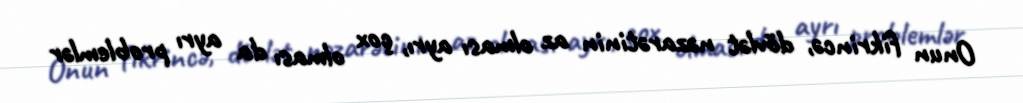
Onun fikrincə, dövlət nəzarətinin az olması ayrı, çox olması da ayrı problemlər